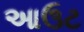
આઉટ